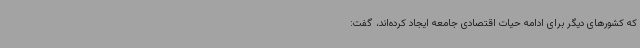
که کشورهای دیگر برای ادامه حیات اقتصادی جامعه ایجاد کرده‌اند، گفت: